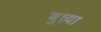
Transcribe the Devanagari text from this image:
बुध्न्या